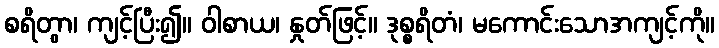
စရိတွာ၊ ကျင့်ပြီး၍။ ဝါစာယ၊ နှုတ်ဖြင့်။ ဒုစ္စရိတံ၊ မကောင်းသောအကျင့်ကို။